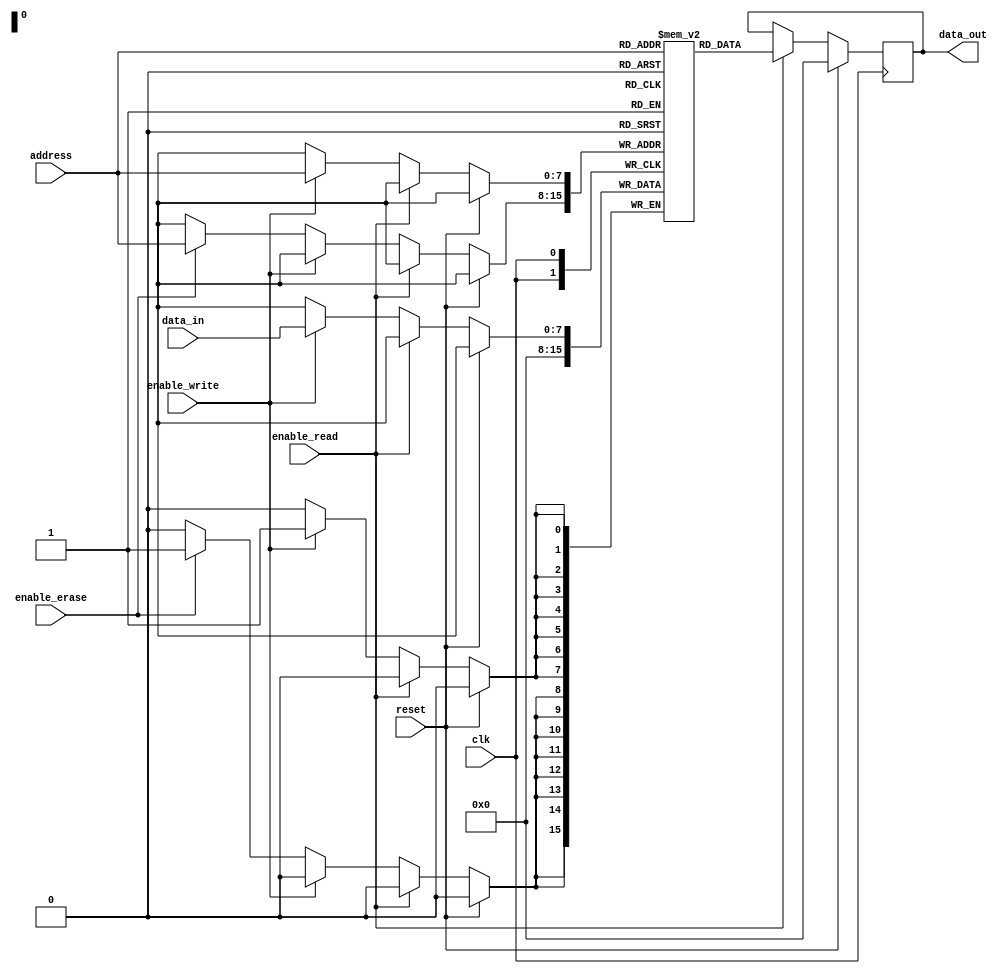
module EEPROM (
  input wire clk,
  input wire reset,
  input wire enable_read,
  input wire enable_write,
  input wire enable_erase,
  input wire [7:0] address,
  input wire [7:0] data_in,
  output reg [7:0] data_out
);

reg [7:0] memory_array [0:255];

always @(posedge clk) begin
  if (reset) begin
    data_out <= 8'b0;
  end else if (enable_read) begin
    data_out <= memory_array[address];
  end else if (enable_write) begin
    memory_array[address] <= data_in;
  end else if (enable_erase) begin
    memory_array[address] <= 8'b0;
  end
end

endmodule